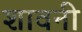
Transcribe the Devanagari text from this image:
शावनी